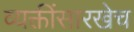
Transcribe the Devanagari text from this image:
व्यक्तींसारखेच